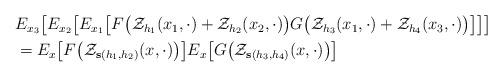
LaTeX: \begin{align*}\begin{aligned}& E_{x_3}\big[E_{x_2}\big[ E_{x_1}\big[F\big(\mathcal Z_{h_1}(x_1,\cdot)+ \mathcal Z_{h_2}(x_2,\cdot)\big)G\big(\mathcal Z_{h_3}(x_1,\cdot)+ \mathcal Z_{h_4}(x_3,\cdot)\big) \big]\big]\big]\\&=E_x\big[F\big(\mathcal Z_{\mathbf{s}(h_1,h_2)}(x,\cdot)\big)\big]E_x\big[G\big(\mathcal Z_{\mathbf{s}(h_3,h_4)}(x,\cdot)\big)\big]\end{aligned}\end{align*}